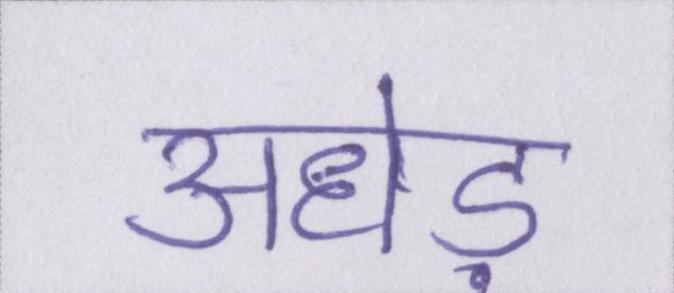
अधेड़